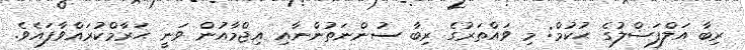
ރިބާ އަލްފަޟްލުގެ ޙުކުމް: މި ވައްތަރުގެ ރިބާ ސުންނަތުންނާއި އިޖްމާއުން ވަނީ ޙަރާމްކުރައްވާފައެވެ.